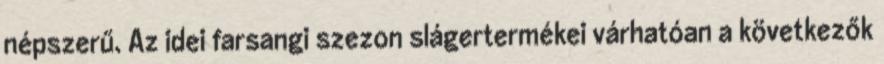
népszerű. Az idei farsangi szezon slágertermékei várhatóan a következők